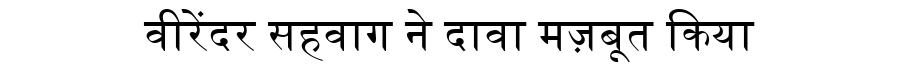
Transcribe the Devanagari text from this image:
वीरेंदर सहवाग ने दावा मज़बूत किया